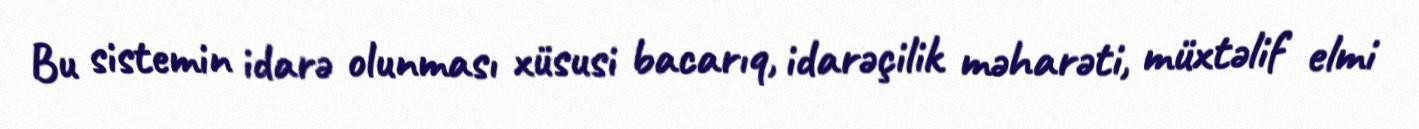
Bu sistemin idarə olunması xüsusi bacarıq, idarəçilik məharəti, müxtəlif elmi